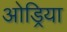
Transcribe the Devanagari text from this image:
ओड्रिया